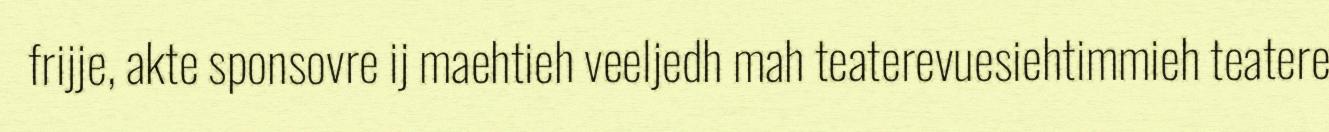
frijje, akte sponsovre ij maehtieh veeljedh mah teaterevuesiehtimmieh teatere